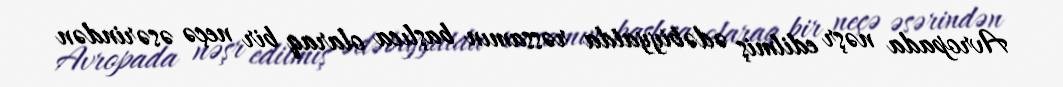
Avropada nəşr edilmiş ədəbiyyatda rəssamın başlıca olaraq bir neçə əsərindən